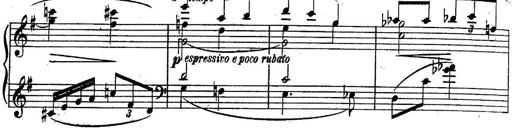
Title: Sonatine
Composer: Adrian Shaposhnikov
Key: E minor